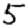
Digit: 5